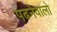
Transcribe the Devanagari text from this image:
पढनेवालो